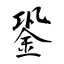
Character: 銎